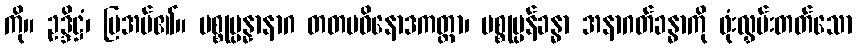
ကို။ ဥဒ္ဒိဋ္ဌံ၊ ပြအပ်၏။ ပစ္စုပ္ပန္နာနာဂ တတမဝိနောဒကတ္တာ၊ ပစ္စုပ္ပန်ခန္ဓာ အနာဂတ်ခန္ဓာကို ဖုံးလွှမ်းတတ်သော